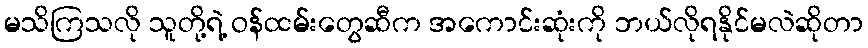
မသိကြသလို သူတို့ရဲ့ ဝန်ထမ်းတွေဆီက အကောင်းဆုံးကို ဘယ်လိုရနိုင်မလဲဆိုတာ